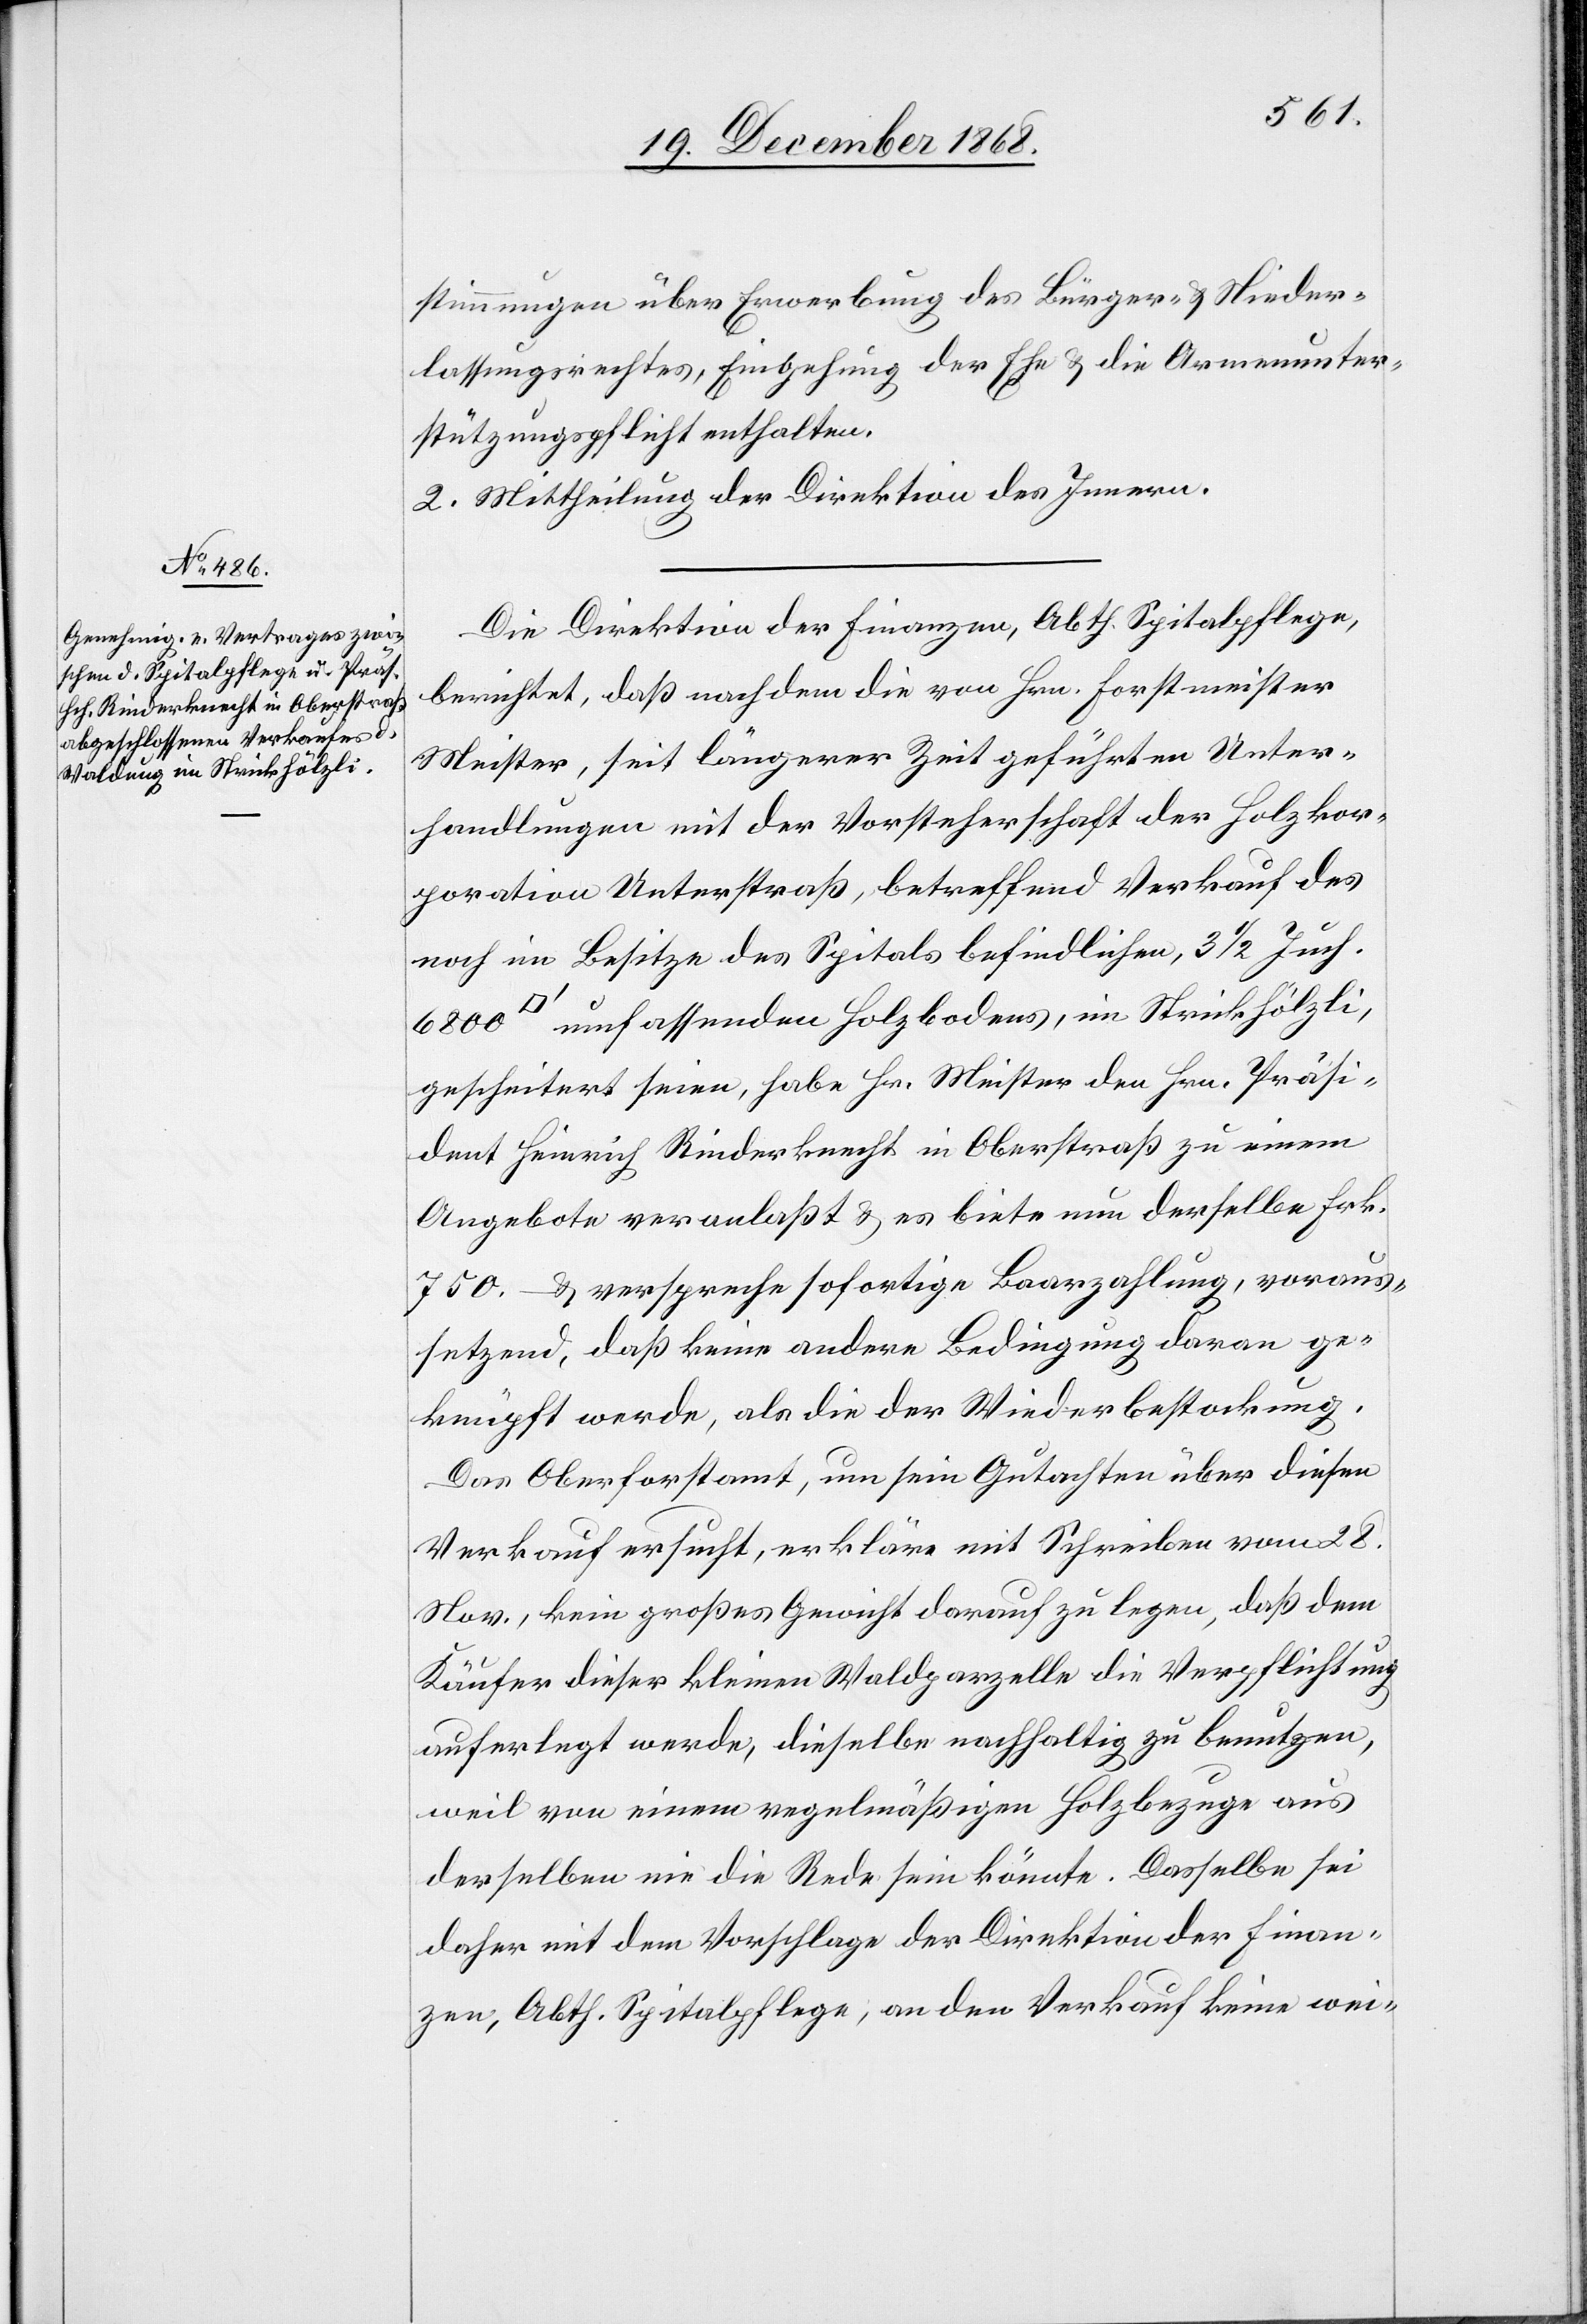
stimmungen über Erwerbung des Bürger- & Nieder¬
lassungsrechtes, Eingehung der Ehe & die Armenunter¬
stützungspflicht enthalten.
2. Mittheilung der Direktion des Innern.
Die Direktion der Finanzen, Abth. Spitalpflege,
berichtet, daß nachdem die von Hrn. Forstmeister
Meister, seit längerer Zeit geführten Unter¬
handlungen mit der Vorsteherschaft der Holzkor¬
poration Unterstraß, betreffend Verkauf des
noch im Besitze des Spitals befindlichen, 3 1/2 Juch.
umfassenden Holzbodens, im Strickhölzli,
gescheitert seien, habe Hr. Meister den Hrn. Präsi¬
dent Heinrich Rinderknecht in Oberstraß zu einem
Angebote veranlaßt & es biete nun derselbe Frk.
750.– & verspreche sofortige Baarzahlung, voraus¬
setzend, daß keine andere Bedingung daran ge¬
knüpft werde, als die der Wiederbestockung.
Das Oberforstamt, um sein Gutachten über diesen
Verkauf ersucht, erkläre mit Schreiben vom 28.
Nov., kein großes Gewicht darauf zu legen, daß dem
Käufer dieser kleinen Waldparzelle die Verpflichtung
auferlegt werde, dieselbe nachhaltig zu benutzen,
weil von einem regelmäßigen Holzbezuge aus
derselben nie die Rede sein könnte. Dasselbe sei
daher mit dem Vorschlage der Direktion der Finan¬
zen, Abth. Spitalpflege, an den Verkauf keine wei-